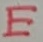
Text: E